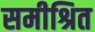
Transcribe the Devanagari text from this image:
समीश्रित